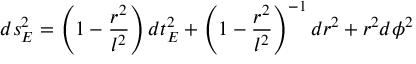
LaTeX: d s _ { E } ^ { 2 } = \left( 1 - \frac { r ^ { 2 } } { l ^ { 2 } } \right) d t _ { E } ^ { 2 } + \left( 1 - \frac { r ^ { 2 } } { l ^ { 2 } } \right) ^ { - 1 } d r ^ { 2 } + r ^ { 2 } d \phi ^ { 2 }